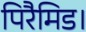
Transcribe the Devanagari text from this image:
पिरैमिड।